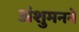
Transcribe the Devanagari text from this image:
अंशुमनने